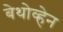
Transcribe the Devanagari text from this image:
बेथोव्हेन